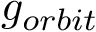
g _ { o r b i t }